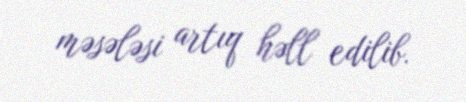
məsələsi artıq həll edilib.